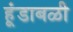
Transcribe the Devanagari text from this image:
हूंडाबळी